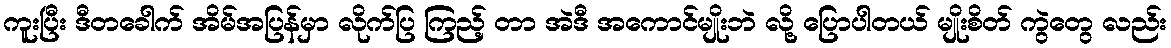
ကူးပြီး ဒီတခေါက် အိမ်အပြန်မှာ လိုက်ပြ ကြည့် တာ အဲဒီ အကောင်မျိုးဘဲ လို့ ပြောပါတယ် မျိုးစိတ် ကွဲတွေ လည်း